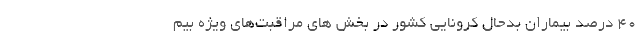
۴۰ درصد بیماران بدحال کرونایی کشور در بخش های مراقبت‌های ویژه بیم